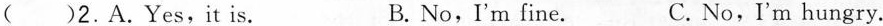
( )2.A.Yes,it is. B.No,I'm fine. C. No,I'm hungry.